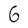
Character: 6